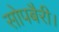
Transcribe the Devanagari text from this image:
सोपबैरी।